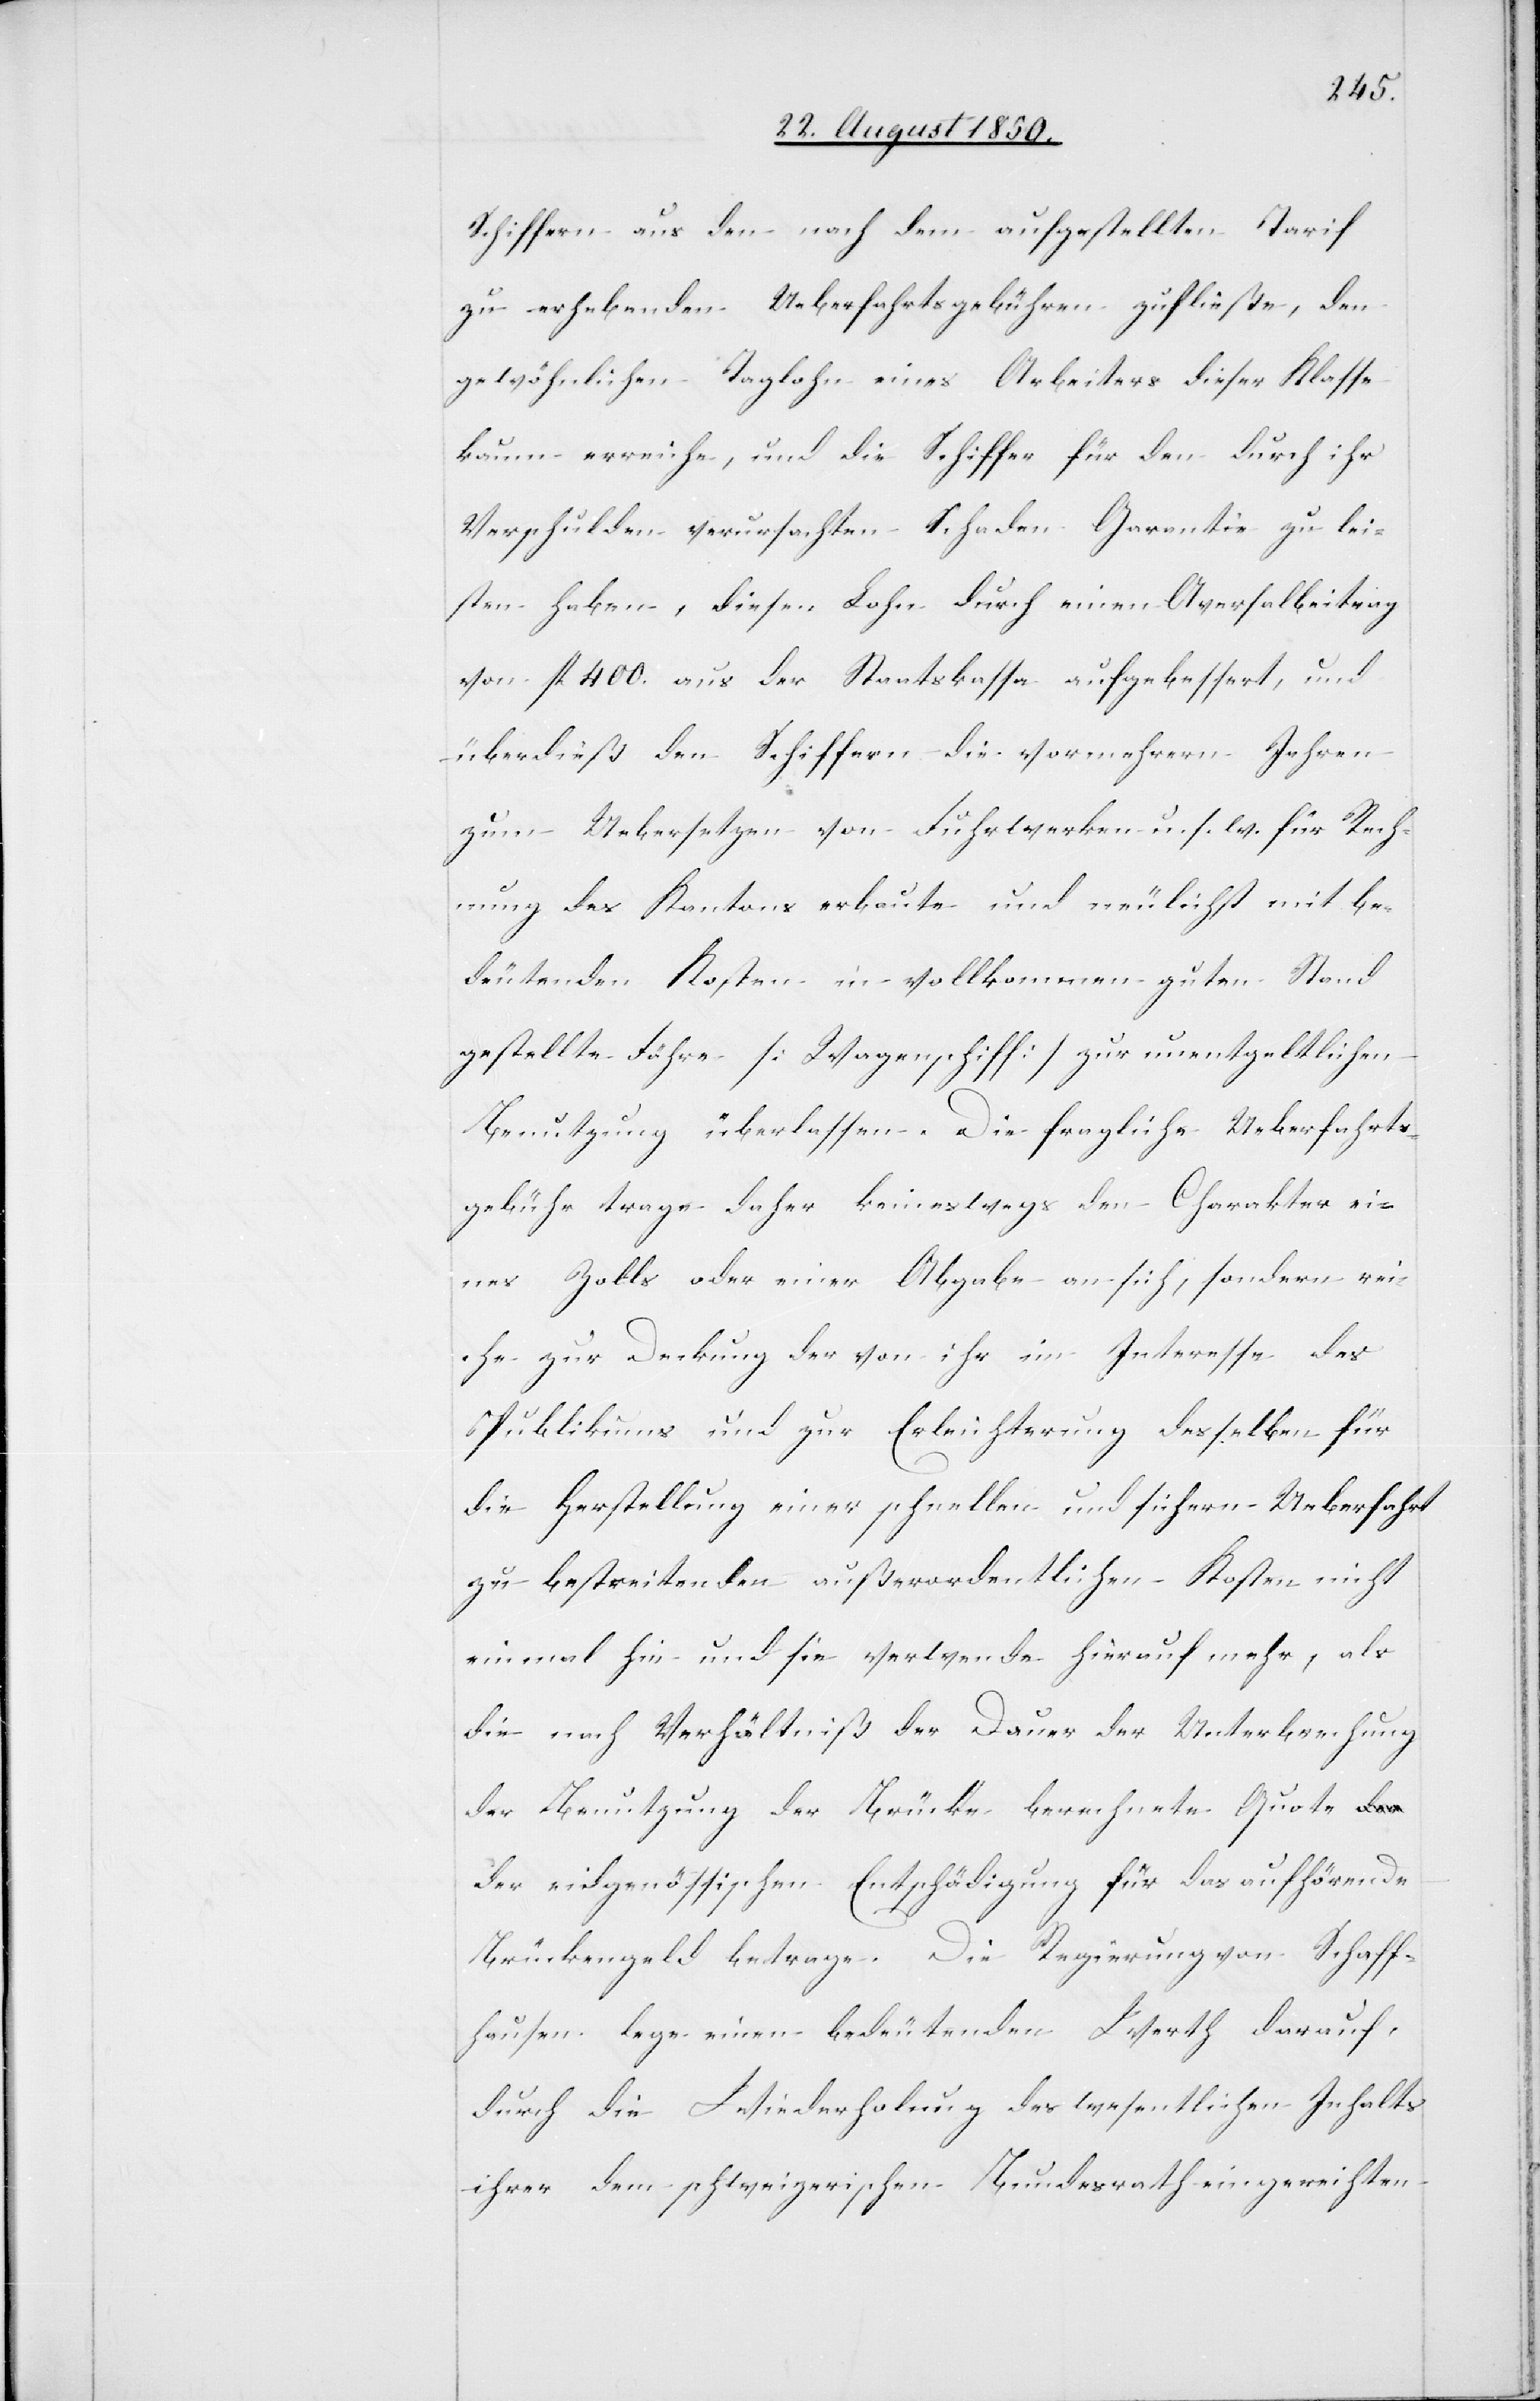
Schiffern aus den nach dem aufgestellten Tarif
zu erhebenden Ueberfahrtsgebühren zufließe, den
gewöhnlichen Taglohn eines Arbeiters dieser Klasse
kaum erreiche, und die Schiffer für den durch ihr
Verschulden verursachten Schaden Garantie zu lei¬
sten haben, diesen Lohn durch einen Aversalbeitrag
von fl 400. aus der Staatskassa aufgebessert, und
überdieß den Schiffern die vor mehrern Jahren
zum Uebersetzen von Fuhrwerken u. s. w. für Rech¬
nung des Kantons in vollkommen guten Stand gestellte
Benutzung überlassen. Die fragliche Ueberfahrts¬
gebühr trage daher keineswegs den Charakter ei¬
nes Zolls oder einer Abgabe an sich, sondern rei¬
che zur Deckung der von ihr im Interesse des
Publikums und zur Erleichterung desselben für
die Herstellung einer schnellen und sichern Ueberfahrt
zu bestreitenden außerordentlichen Kosten nicht
einmal hin und sie verwende hierauf mehr, als
die nach Verhältniß der Dauer der Unterbrechung
der Benutzung der Brücke berechnete Quote d¬
er eidgenössischen Entschädigung für das aufhörende
Brückengeld betrage. Die Regierung von Schaff¬
hausen lege einen bedeutenden Werth darauf,
durch die Wiederholung des wesentlichen Inhalts
ihrer dem schweizerischen Bundesrath eingereichten